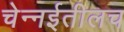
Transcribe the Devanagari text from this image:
चेन्नईतीलच